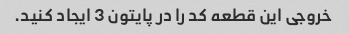
خروجی این قطعه کد را در پایتون 3 ایجاد کنید.